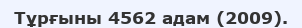
Тұрғыны 4562 адам (2009).